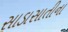
સાડાસાતીના